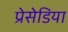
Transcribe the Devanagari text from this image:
प्रेसेडिया